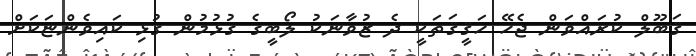
ޤަބޫލް ކުރައްވަން ޖެހޭ ހަޤީޤަތަކީ ދެ ޒުވާނަކު ލޯބީގެ ގުޅުމުން ގުޅި ކައިވެންޏަކަށް